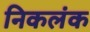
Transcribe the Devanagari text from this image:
निकलंक